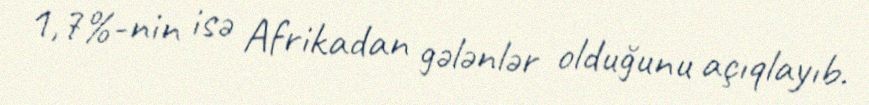
1,7%-nin isə Afrikadan gələnlər olduğunu açıqlayıb.